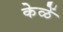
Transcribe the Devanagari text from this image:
केळें